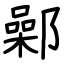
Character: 鄵